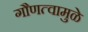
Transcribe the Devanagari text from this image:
गौणत्वामुळे